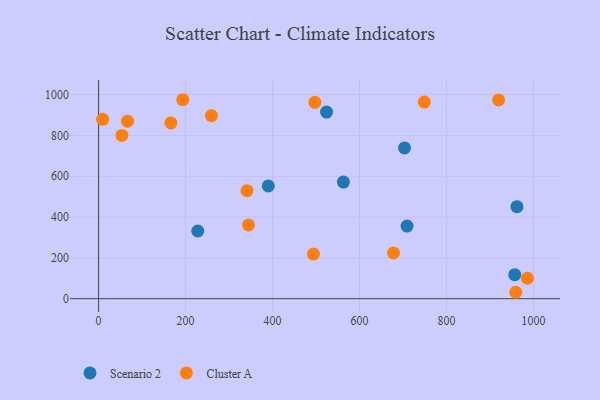
{"axis": {"x": "Distance", "y": "Yield"}, "legend": ["Cluster A", "Scenario 2"], "data": [{"x": "228.1", "y": 331.7, "type": "Scenario 2"}, {"x": "962.0", "y": 450.6, "type": "Scenario 2"}, {"x": "390.3", "y": 552.4, "type": "Scenario 2"}, {"x": "709.3", "y": 355.6, "type": "Scenario 2"}, {"x": "703.5", "y": 738.5, "type": "Scenario 2"}, {"x": "956.9", "y": 117.5, "type": "Scenario 2"}, {"x": "563.0", "y": 571.5, "type": "Scenario 2"}, {"x": "524.2", "y": 914.1, "type": "Scenario 2"}, {"x": "497.3", "y": 962.3, "type": "Cluster A"}, {"x": "66.6", "y": 869.6, "type": "Cluster A"}, {"x": "749.0", "y": 963.5, "type": "Cluster A"}, {"x": "959.2", "y": 31.4, "type": "Cluster A"}, {"x": "166.2", "y": 861.2, "type": "Cluster A"}, {"x": "494.0", "y": 218.7, "type": "Cluster A"}, {"x": "259.5", "y": 896.8, "type": "Cluster A"}, {"x": "919.8", "y": 973.8, "type": "Cluster A"}, {"x": "193.6", "y": 974.8, "type": "Cluster A"}, {"x": "344.7", "y": 361.3, "type": "Cluster A"}, {"x": "678.1", "y": 224.4, "type": "Cluster A"}, {"x": "341.2", "y": 529.3, "type": "Cluster A"}, {"x": "9.3", "y": 878.8, "type": "Cluster A"}, {"x": "53.6", "y": 799.7, "type": "Cluster A"}, {"x": "986.0", "y": 100.2, "type": "Cluster A"}]}